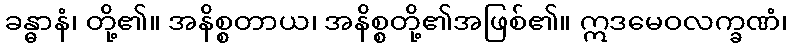
ခန္ဓာနံ၊ တို့၏။ အနိစ္စတာယ၊ အနိစ္စတို့၏အဖြစ်၏။ ဣဒမေဝလက္ခဏံ၊